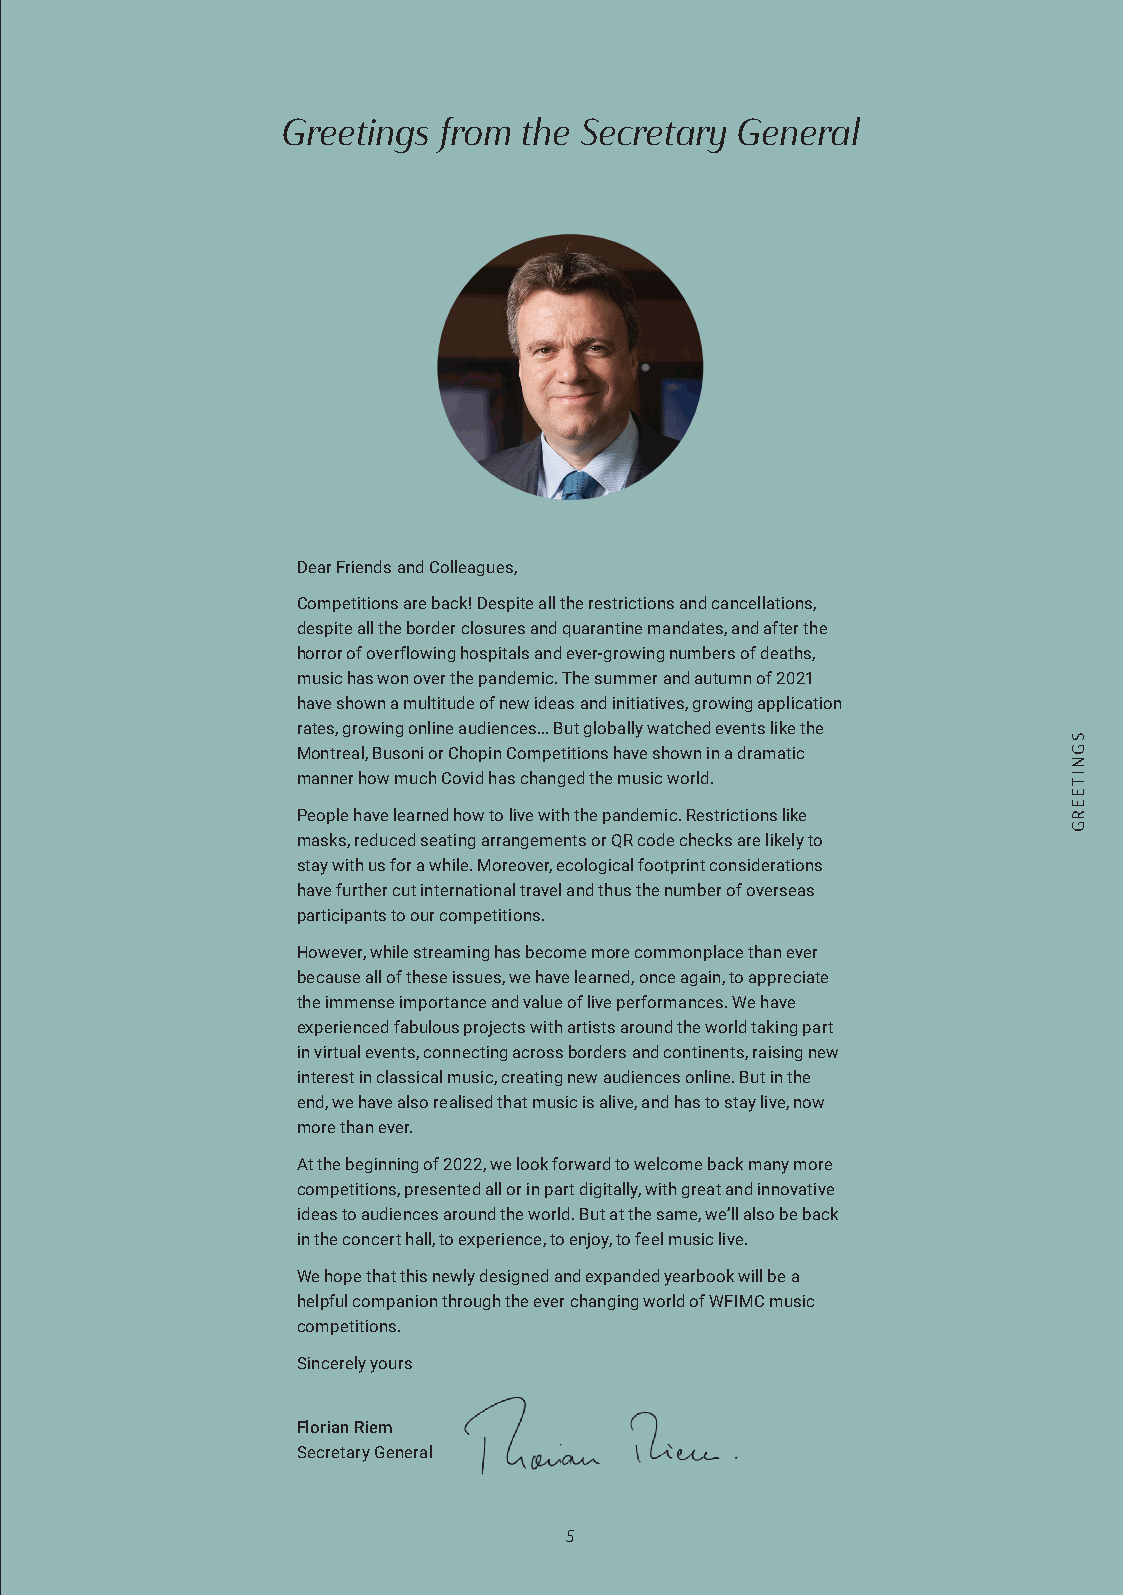
Greetings from the Secretary  General
 Dear Friends and Colleagues,
 Competitions are back! Despite all the restrictions and cancellations,
 despite all the border closures and quarantine mandates, and after the
 horror of overflowing hospitals and ever-growing numbers of deaths,
 music has won over the pandemic. The summer and autumn of 2021
 have shown a multitude of new ideas and initiatives, growing application
 rates, growing online audiences... But globally watched events like the
 Montreal, Busoni or Chopin Competitions have shown in a dramatic
 manner how much Covid has changed the music world.
 People have learned how to live with the pandemic. Restrictions like
 masks, reduced seating arrangements or QR code checks are likely to
 stay with us for a while. Moreover, ecological footprint considerations
 have further cut international travel and thus the number of overseas
 participants to our competitions.
 However, while streaming has become more commonplace than ever
 because all of these issues, we have learned, once again, to appreciate
 the immense importance and value of live performances. We have
 experienced fabulous projects with artists around the world taking part
 in virtual events, connecting across borders and continents, raising new
 interest in classical music, creating new audiences online. But in the
 end, we have also realised that music is alive, and has to stay live, now
 more than ever.
 At the beginning of 2022, we look forward to welcome back many more
 competitions, presented all or in part digitally, with great and innovative
 ideas to audiences around the world. But at the same, we’ll also be back
 in the concert hall, to experience, to enjoy, to feel music live.
 We hope that this newly designed and expanded yearbook will be a
 helpful companion through the ever changing world of WFIMC music
 competitions.
 Sincerely yours
 Florian Riem
 Secretary General
 5
 SGNITEERG